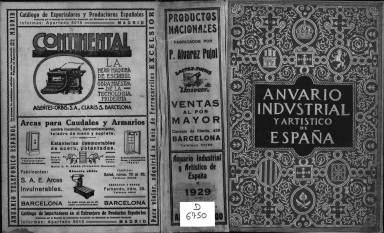
Título: Anuario industrial y artístico de España
Otros títulos: Anvario indvstrial y artístico de España
Colección: Economía || Industria || Guías y directorios || Anuarios e informes
Ámbito geográfico: Madrid
Lugar de publicación: Madrid
Fechas: 01/01/1929-31/12/1934

La colección original consta de 6 tomos, correspondiendo dos a cada uno de los siguientes años: 1929, 1931 y 1933/1934. Debido al gran número de páginas de estos, se ha optado por dividir los ejemplares digitalizados en varios PDF. Se indica en cada caso las provincias de las que se recoge información.